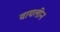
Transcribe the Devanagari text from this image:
वायलीन